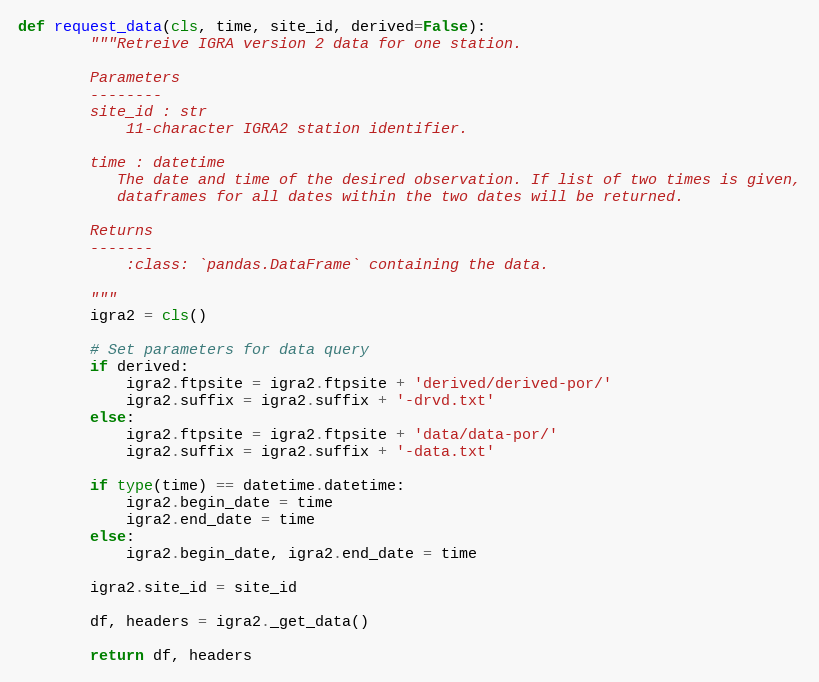
Language: Python
def request_data(cls, time, site_id, derived=False):
        """Retreive IGRA version 2 data for one station.

        Parameters
        --------
        site_id : str
            11-character IGRA2 station identifier.

        time : datetime
           The date and time of the desired observation. If list of two times is given,
           dataframes for all dates within the two dates will be returned.

        Returns
        -------
            :class: `pandas.DataFrame` containing the data.

        """
        igra2 = cls()

        # Set parameters for data query
        if derived:
            igra2.ftpsite = igra2.ftpsite + 'derived/derived-por/'
            igra2.suffix = igra2.suffix + '-drvd.txt'
        else:
            igra2.ftpsite = igra2.ftpsite + 'data/data-por/'
            igra2.suffix = igra2.suffix + '-data.txt'

        if type(time) == datetime.datetime:
            igra2.begin_date = time
            igra2.end_date = time
        else:
            igra2.begin_date, igra2.end_date = time

        igra2.site_id = site_id

        df, headers = igra2._get_data()

        return df, headers